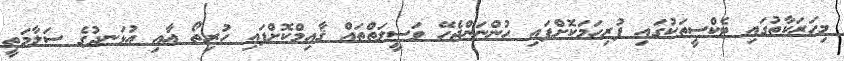
މިހަރަކާތުގައި ޓެކްސީތަކުގައި ފުރިހަމަކޮށްފައި ހުންނަންޖެހޭ ވަސީލަތްތައް ޤާއިމްކޮށްފައި ހުރިތޯ އާއި އުޅަނދުގެ ސަލާމަތީ